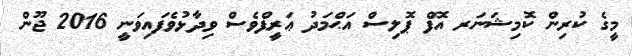
މީގެ ކުރިން ކޮމިޝަނަރ އޮފް ޕޮލިސް އަޙްމަދު ޢަރީފްވެސް ވިދާޅުވެފައިވަނީ 2016 ޖޫން